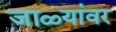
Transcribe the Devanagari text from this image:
जाळ्यांवर